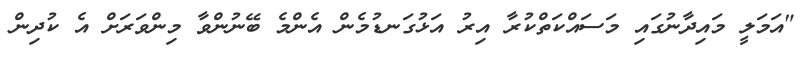
"އަމަލީ މައިދާނުގައި މަސައްކަތްކުރާ އިރު އަޅުގަނޑުމެން އެންމެ ބޭނުންވާ މިންވަރަށް އެ ކުދިން